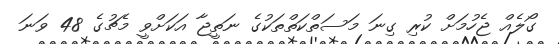
ގޯލެއް ޖެހުމަށް ކުރި ގިނަ މަސަތްކަތްތަކުގެ ނަތީޖާ އަކަށްވީ މެޗުގެ 48 ވަނަ